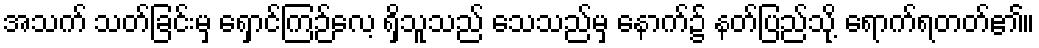
အသက် သတ်ခြင်းမှ ရှောင်ကြဉ်လေ့ ရှိသူသည် သေသည်မှ နောက်၌ နတ်ပြည်သို့ ရောက်ရတတ်၏။